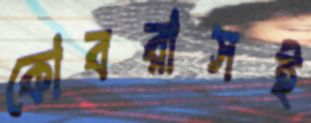
কোবরাসই